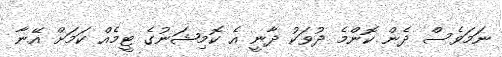
ނަމަވެސް ދެން ކޮންމެ ދުވަކު ދާނީ އެ ކޮމިޝަނުގެ ޓީމެއް ކަމަށް އޭނާ